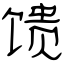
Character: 馈